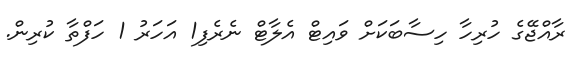
ރާއްޖޭގެ ހުރިހާ ހިސާބަކަށް ވައިޓް އެލާޓް ނެރެފި1 އަހަރު 1 ހަފްތާ ކުރިން.